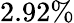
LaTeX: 2.92\%